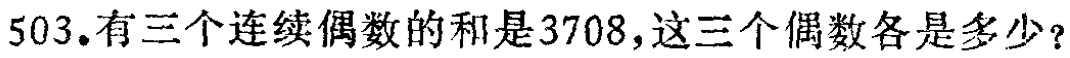
503.有三个连续偶数的和是3708,这三个偶数各是多少？